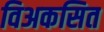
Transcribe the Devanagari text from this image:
विअकसित